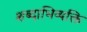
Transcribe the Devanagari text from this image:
शब्दाभिव्यक्ति